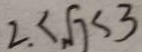
2 < \sqrt { 7 } < 3